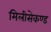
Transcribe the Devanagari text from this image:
मिलीसेकण्ड